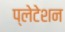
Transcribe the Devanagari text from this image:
प्लेटेशन